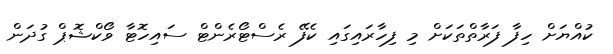
ކުއްޔަށް ހިފާ ފަރާތްތަކަށް މި ފިހާރައިގައި ކެފޭ ރެސްޓޯރެންޓް ސައިހޮޓާ ވޯކްޝޮޕް ގުދަން